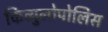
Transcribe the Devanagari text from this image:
किव्युलोपोलिस